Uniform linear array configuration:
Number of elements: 64
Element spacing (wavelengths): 0.5
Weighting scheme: uniform
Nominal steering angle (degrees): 60
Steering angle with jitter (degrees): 60.5
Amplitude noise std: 0.05
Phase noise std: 0.05

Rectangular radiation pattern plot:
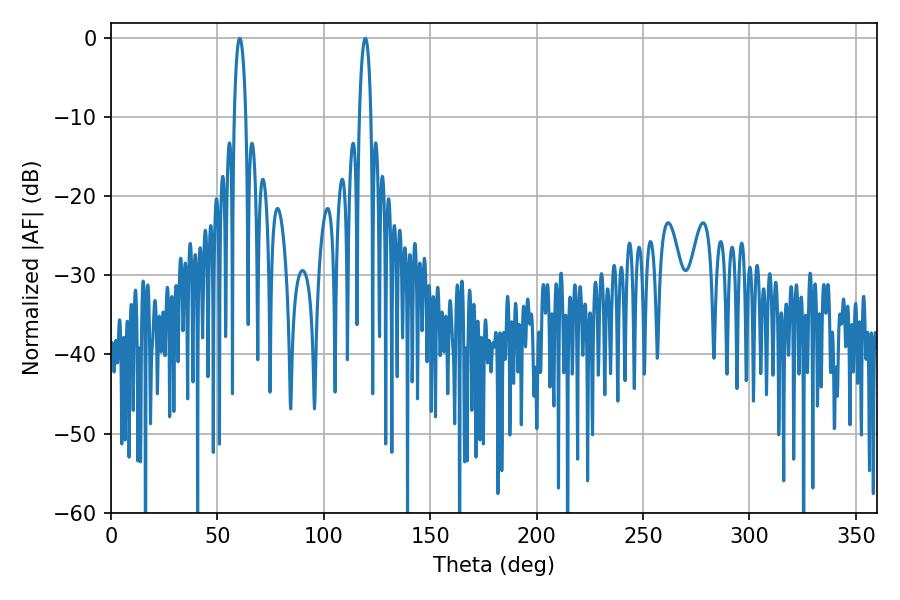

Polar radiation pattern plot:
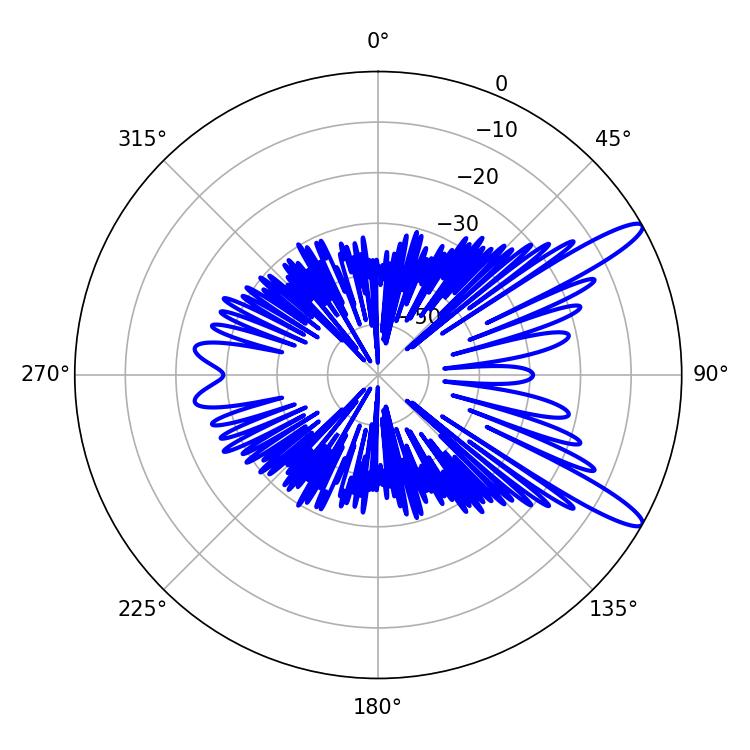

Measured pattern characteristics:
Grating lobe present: FALSE
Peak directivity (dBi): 12.681
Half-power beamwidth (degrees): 3.06
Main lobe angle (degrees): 60.48